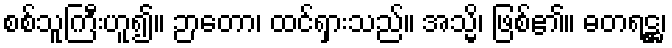
စစ်သူကြီးဟူ၍။ ဉာတော၊ ထင်ရှားသည်။ အသ္မိ၊ ဖြစ်၏။ ဓတရဋ္ဌ၊